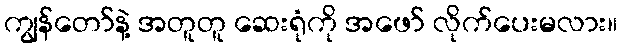
ကျွန်တော်နဲ့ အတူတူ ဆေးရုံကို အဖော် လိုက်ပေးမလား။